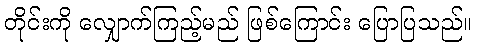
တိုင်းကို လျှောက်ကြည့်မည် ဖြစ်ကြောင်း ပြောပြသည်။